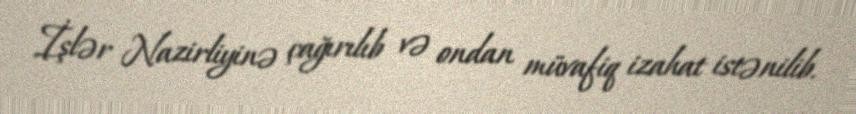
İşlər Nazirliyinə çağırılıb və ondan müvafiq izahat istənilib.